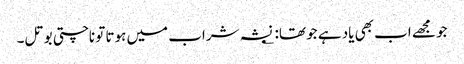
جو مجھے اب بھی یاد ہے جو تھا: ؂ نشہ شراب میں ہوتا تو ناچتی بوتل۔